Lunatic asylums Central Provinces reports 1895-1909 - 1895-1909
Year: 1895
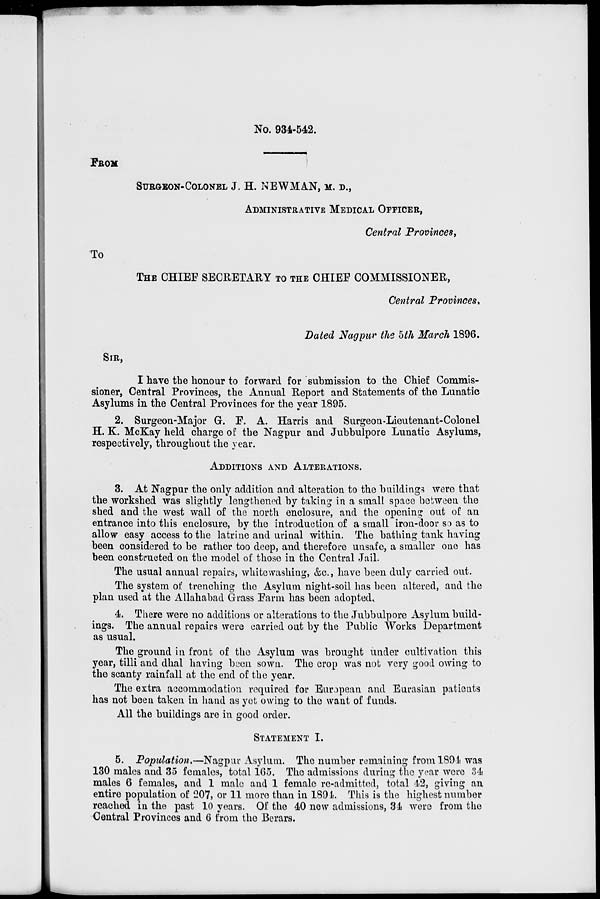
No. 934-542.
FROM
SURGEON-COLONEL J. H. NEWMAN, M. D.,
ADMINISTRATIVE MEDICAL OFFICER,
Central Provinces,
To
THE CHIEF SECRETARY TO THE CHIEF COMMISSIONER,
Central Provinces,
Dated Nagpur the 5th March 1896.
SIR,
I have the honour to forward for submission to the Chief Commis-
sioner, Central Provinces, the Annual Report and Statements of the Lunatic
Asylums in the Central Provinces for the year 1895.
2. Surgeon-Major G. F. A. Harris and Surgeon-Lieutenant-Colonel
H. K. McKay held charge of the Nagpur and Jubbulpore Lunatic Asylums,
respectively, throughout the year.
ADDITIONS AND ALTERATIONS.
3. At Nagpur the only addition and alteration to the buildings were that
the workshed was slightly lengthened by taking in a small space between the
shed and the west wall of the north enclosure, and the opening out of an
entrance into this enclosure, by the introduction of a small iron-door so as to
allow easy access to the latrine and urinal within. The bathing tank having
been considered to be rather too deep, and therefore unsafe, a smaller one has
been constructed on the model of those in the Central Jail.
The usual annual repairs, whitewashing, &c., have been duly carried out.
The system of trenching the Asylum night-soil has been altered, and the
plan used at the Allahabad Grass Farm has been adopted,
4. There were no additions or alterations to the Jubbulpore Asylum build-
ings. The annual repairs were carried out by the Public Works Department
as usual.
The ground in front of the Asylum was brought under cultivation this
year, tilli and dhal having been sown. The crop was not very good owing to
the scanty rainfall at the end of the year.
The extra accommodation required for European and Eurasian patients
has not been taken in hand as yet owing to the want of funds.
All the buildings are in good order.
STATEMENT I.
5. Population.—Nagpur Asylum. The number remaining from 1894 was
130 males and 35 females, total 165. The admissions during the year were 34
males 6 females, and 1 male and 1 female re-admitted, total 42, giving an
entire population of 207, or 11 more than in 1894. This is the highest number
reached in the past 10 years. Of the 40 new admissions, 34 were from the
Central Provinces and 6 from the Berars.